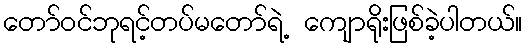
တော်ဝင်ဘုရင့်တပ်မတော်ရဲ့ ကျောရိုးဖြစ်ခဲ့ပါတယ်။